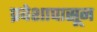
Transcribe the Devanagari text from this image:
प्रवेशापासून